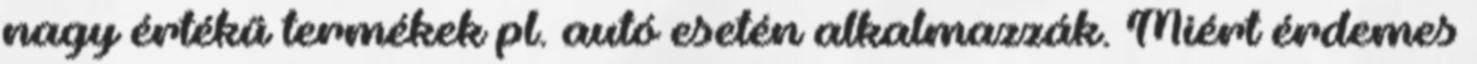
nagy értékű termékek pl. autó esetén alkalmazzák. Miért érdemes